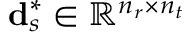
\mathbf { d } _ { s } ^ { * } \in \mathbb { R } ^ { n _ { r } \times n _ { t } }